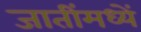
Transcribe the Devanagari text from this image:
जातींमध्यें